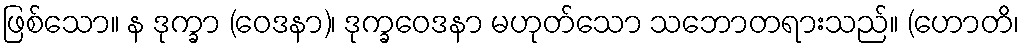
ဖြစ်သော။ န ဒုက္ခာ (ဝေဒနာ)၊ ဒုက္ခဝေဒနာ မဟုတ်သော သဘောတရားသည်။ (ဟောတိ၊